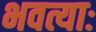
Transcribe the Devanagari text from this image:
भवत्याः